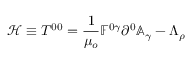
\mathcal { H } \equiv T ^ { 0 0 } = \frac { 1 } { \mu _ { o } } \mathbb { F } ^ { 0 \gamma } \partial ^ { 0 } \mathbb { A } _ { \gamma } - \Lambda _ { \rho }